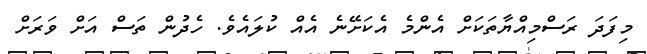
މިފަދަ ރަސްމިއްޔާތަކަށް އެންމެ އެކަށޭނެ އެއް ކުލައެވެ. ހެދުން ތަސް އަށް ވަރަށް